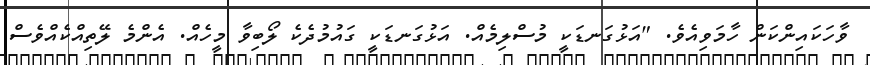
ވާހަކައިންކަން ހާމަވިއެވެ. "އަޅުގަނޑަކީ މުސްލިމެއް. އަޅުގަނޑަކީ ގައުމުދެކެ ލޯބިވާ މީހެއް. އެންމެ ލޭތިއްކެއްވެސް